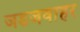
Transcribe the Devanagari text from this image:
जडजवाहर